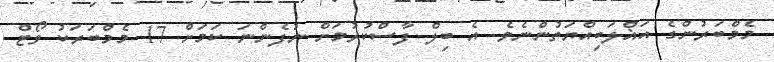
މެމްބަރުންގެ އަޣްލަބިއްޔަތުންނެވެ. އެ ބިލް ފާސްކުރުމަށް ނުފެންނަ ކަމަށް 17 މެމްބަރަކު ވޯޓް